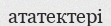
ататектері